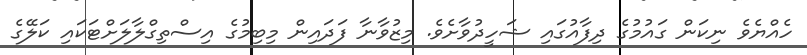
ހެއްޔެވެ ނިކަން ގައުމުގެ ދިފާއުގައި ޝަހީދުވާށެވެ. މިޒުވާނާ ފަދައިން މިބިމުގެ އިސްތިގްލާލަށްޓަކައި ކަލޭގެ